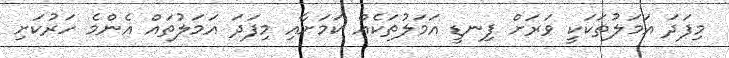
މިފަދަ އަމަލުތަކަކީ ވަރަށް ފިނޑީ އަމަލުތަކެއް ކަމަށާއި މިފަދަ އަމަލުތައް އެންމެ ހަރުކަށި